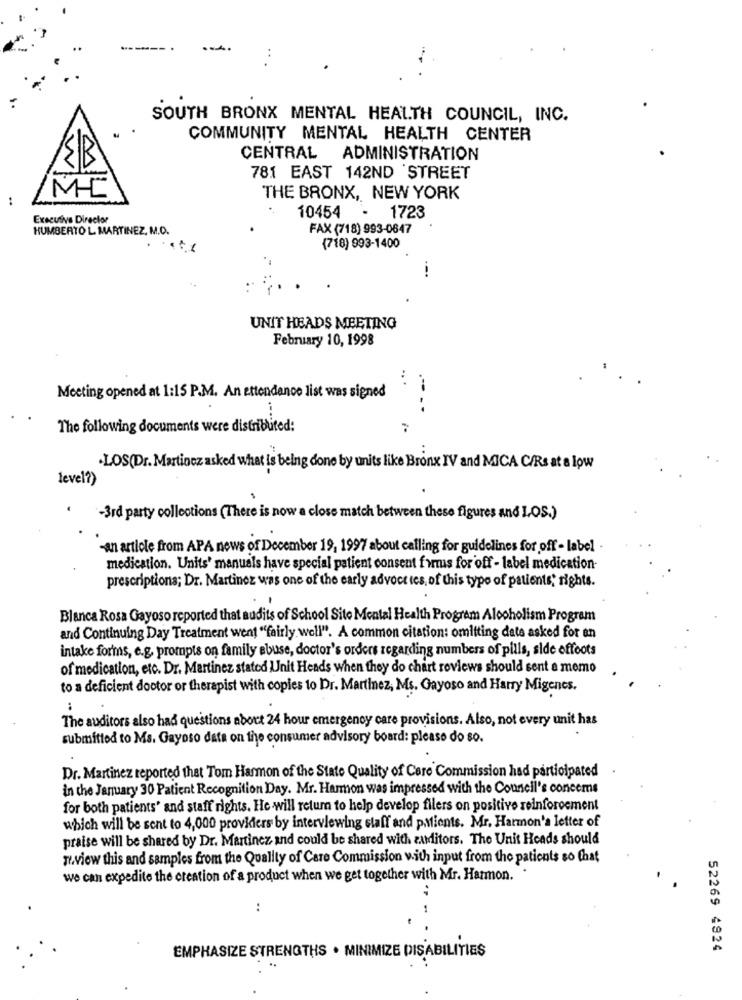
----
..
SOUTH BRONX MENTAL HEALTH COUNCIL, INC.
COMMUNITY MENTAL HEALTH CENTER
CENTRAL ADMINISTRATION
781 EAST 142ND STREET
M-C
:
THE BRONX, NEW YORK
Executive Director
10454
1723
HUMBERTO L MARTINEZ, M.D.
FAX (718) 993-0647
(718) 993-1400
UNIT HEADS MEETING
February 10, 1998
Meeting opened at 1:15 P.M. An ettendance list was signed
..
The following documents were distributed:
..
.LOS(Dr. Martincz asked what is being done by units like Bronx IV and MICA C/Rs at a low
level?)
-3rd party collections (There is now a close match between these figures and LOS.)
-an article from APA news of December 19, 1997 about calling for guidelines for off - label
medication. Units' manuels have special patient consent furus for off - label medication-
prescriptions; Dr. Martinez was one of the early advoct tes, of this type of patients; rights.
Blanca Rosa Gayoso reported that audits of School Site Mental Health Program Alcoholism Program
and Continuing Day Treatment went "fairly well". A common citation: omitting date asked for an
intake forms, e.g. prompts on family abuse, doctor's orders regarding numbers of pills, side offoots
of medication, etc. Dr. Martinez stated Unit Heads when they do chart roviews should sent e memo
to a deficient doctor or therapist with copies to Dr. Martinez, Ms. Gayoso and Harry Migenes.
..
The auditors also had questions about 24 hour emergency care provisions. Also, not every unit has
submitted to Ms. Gayoso data on the consumer advisory board: please do so.
Dr. Martinez reported that Tom Harmon of the State Quality of Care Commission had participated
in the January 30 Patient Recognition Day. Mr. Harmon was impressed with the Council's conceme
for both patients' and staff rights. He will return to help develop filers on positive reinforcement
which will be sent to 4,000 providers by interviewing staff and patients. Mr. Harmon'a letter of
praise will be shared by Dr. Martinez and could be shared with auditors. The Unit Heads should
pr.view this and samples from the Quality of Care Commission with input from the patients so Chat
we can expedite the creation of a product when we get together with Mr. Harmon.
..
52269 4924
EMPHASIZE STRENGTHS . MINIMIZE DISABILITIES